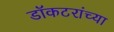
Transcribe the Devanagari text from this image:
डॉकटरांच्या